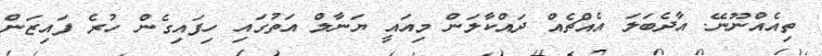
ތިއެއްނޫނޭ. އާދެބަލަ އެއްޗެއް ދައްކާލަން މިއައީ ޔަނާލް އަތުގައި ހިފައިގެން ހުރެ ފައިޒަން